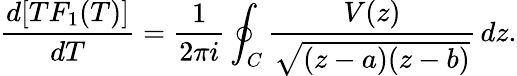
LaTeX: \frac{d[TF_{1}(T)]}{dT}=\frac{1}{2\pi i}\oint_{C}\frac{V(z)}{\sqrt{(z-a)(z-b)}}\, dz.